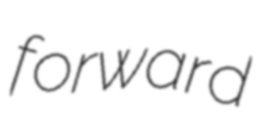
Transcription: forward